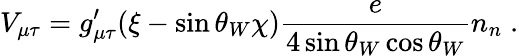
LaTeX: V_{\mu\tau}=g_{\mu\tau}^{\prime}(\xi-\sin\theta_{W}\chi)\frac{e}{4\sin\theta_{W}\cos\theta_{W}}n_{n}\; .